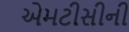
એમટીસીની